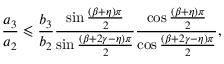
\frac { a _ { 3 } } { a _ { 2 } } \leqslant \frac { b _ { 3 } } { b _ { 2 } } \frac { \sin \frac { \left( \beta + \eta \right) \pi } { 2 } } { \sin \frac { \left( \beta + 2 \gamma - \eta \right) \pi } { 2 } } \frac { \cos \frac { \left( \beta + \eta \right) \pi } { 2 } } { \cos \frac { \left( \beta + 2 \gamma - \eta \right) \pi } { 2 } } ,